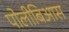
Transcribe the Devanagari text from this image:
पोलीबिआस